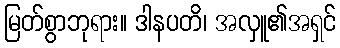
မြတ်စွာဘုရား။ ဒါနပတိ၊ အလှူ၏အရှင်